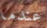
عندما